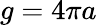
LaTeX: g=4\pi a